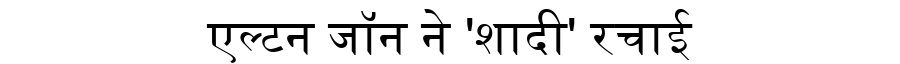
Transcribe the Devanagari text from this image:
एल्टन जॉन ने 'शादी' रचाई